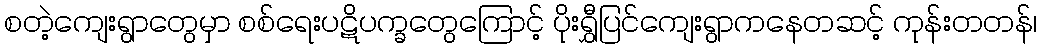
စတဲ့ကျေးရွာတွေမှာ စစ်ရေးပဋိပက္ခတွေကြောင့် ပိုးရွှီပြင်ကျေးရွာကနေတဆင့် ကုန်းတတန်၊